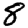
Digit: 8